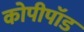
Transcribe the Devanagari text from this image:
कोपीपॉड